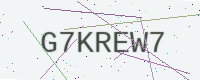
Text: G7KREW7